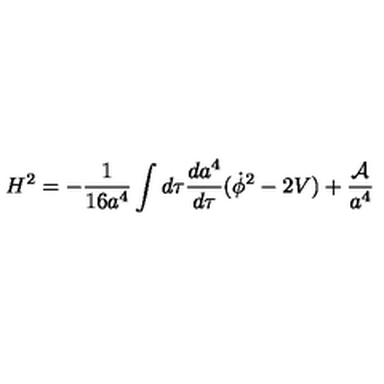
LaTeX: H ^ { 2 } = - \frac { 1 } { 1 6 a ^ { 4 } } \int d \tau \frac { d a ^ { 4 } } { d \tau } ( \dot { \phi } ^ { 2 } - 2 V ) + \frac { \cal A } { a ^ { 4 } }